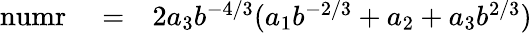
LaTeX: \begin{array}{rlr}{\mathrm{numr}}&{{}=}&{2a_{3}b^{-4/3}(a_{1}b^{-2/3}+a_{2}+a_{3}b^{2/3})}\end{array}